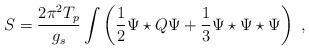
LaTeX: \begin{align*}S=\frac{2\pi^2T_p}{g_s}\int \left(\frac{1}{2}\Psi\star Q\Psi +\frac{1}{3}\Psi\star\Psi\star\Psi\right) \ ,\end{align*}